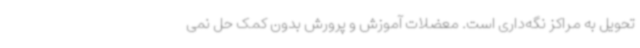
تحویل به مراکز نگه‌داری است. معضلات آموزش و پرورش بدون کمک حل نمی